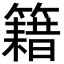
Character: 籍